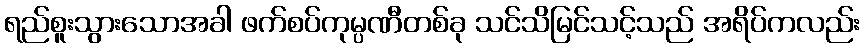
ရည်စူးသွားသောအခါ ဖက်စပ်ကုမ္ပဏီတစ်ခု သင်သိမြင်သင့်သည် အရိပ်ကလည်း